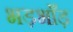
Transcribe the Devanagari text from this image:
भड़भाँड़